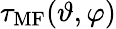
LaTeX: \tau_{\mathrm{MF}}(\vartheta,\varphi)